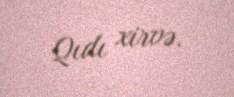
Qıdı xirvə.